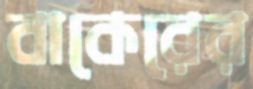
বাকেরের